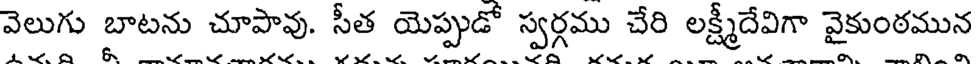
వెలుగు బాటను చూపావు. సీత యెప్పుడో స్వర్గము చేరి లక్ష్మీదేవిగా వైకుంఠమున